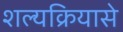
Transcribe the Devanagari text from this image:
शल्यक्रियासे